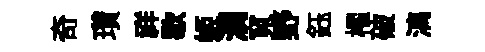
奇瓚祥歇姬澗寬野鈺櫂破漓